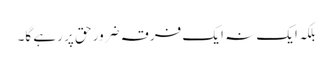
بلکہ ایک نہ ایک فرقہ ضرور حق پر رہے گا۔